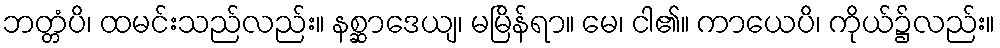
ဘတ္တံပိ၊ ထမင်းသည်လည်း။ နစ္ဆာဒေယျ၊ မမြိန်ရာ။ မေ၊ ငါ၏။ ကာယေပိ၊ ကိုယ်၌လည်း။